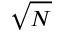
\sqrt { N }